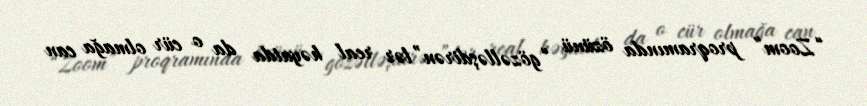
“Zoom” proqramında özünü “gözəlləşdirən”lər real həyatda da o cür olmağa can